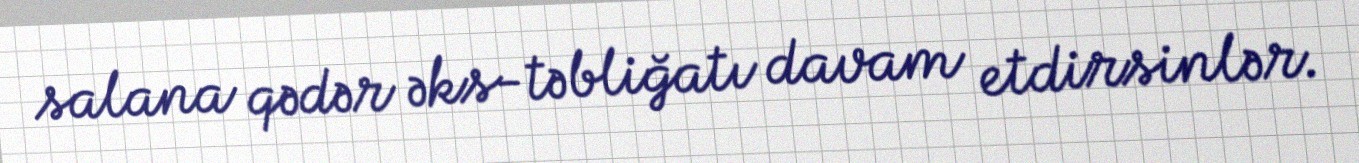
salana qədər əks-təbliğatı davam etdirsinlər.